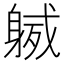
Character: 𨉙